Civil Veterinary Dept. Bombay admin report 1914-1922 - 1914-1922
Year: 1914
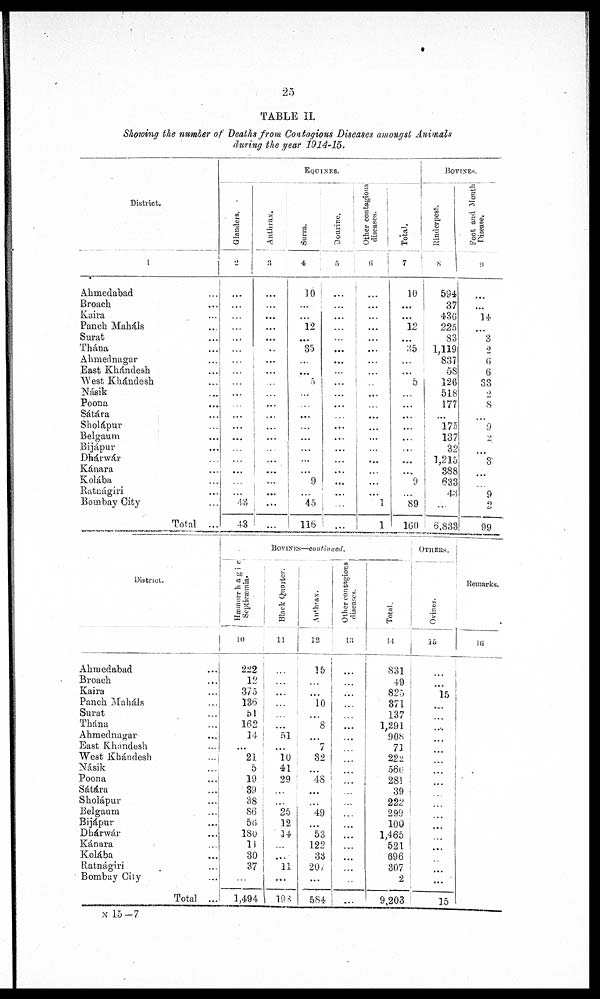
25
TABLE II.
Showing the number of Deaths from Contagious Diseases amongst Animals
during the year 1914-15.
District.
1
Ahmedabad ...
Broach ...
Kaira ...
Panch Maháls ...
Surat ...
Thána ...
Ahmednagar ...
East Khándesh ...
West Khándesh ...
Násik ...
Poona ...
Sátára ...
Sholápur ...
Belgaum ...
Bijápur ...
Dhárwár ...
Kánara ...
Kolába ...
Ratnágiri ...
Bombay City ...
Total ...
EQUNIES.
Glanders.
2
...
...
...
...
...
...
...
...
...
...
...
...
...
...
...
...
...
...
...
43
43
Anthrax.
3
...
...
...
...
...
...
...
...
...
...
...
...
...
...
...
...
...
...
...
...
...
Surra.
4
10
...
...
12
...
35
...
...
5
...
...
...
...
...
...
...
...
9
...
45
116
Dourine.
5
...
...
...
...
...
...
...
...
...
...
...
...
...
...
...
...
...
...
...
...
...
Other contagious
diseases.
6
...
...
...
...
...
...
...
...
...
...
...
...
...
...
...
...
...
...
...
1
1
Total.
7
10
...
...
12
...
35
...
...
5
...
...
...
...
...
...
...
...
9
...
89
160
BOVINES.
Rinderpest.
8
594
37
436
225
33
1,119
837
58
126
518
177
...
175
137
32
1,215
388
633
43
..
6,838
Foot and Month
Disease.
9
...
...
14
...
3
2
6
6
33
2
8
...
9
...
...
3
...
...
9
....
99
District.
Ahmedabad ...
Broach
Kaira ...
Panch Maháls ...
Surat ...
Thána ...
Ahmednagar ...
East Khandesh ...
West Khándesh ...
Násik ...
Poona ...
Sátára ...
Sholápur ...
Belgaum ...
Bijápur ...
Dhárwár
Kánara ...
Kolába ...
Ratnágiri ...
Bombay Oily
Total ...
BOVINES—continued.
Hæmorrhagic
Septicæmia
10
222
12
375
136
51
162
14
...
21
5
19
39
38
86
56
180
11
30
37
...
1,494
Black Quarter.
11
...
...
...
...
...
...
51
...
10
41
29
...
...
25
12
14
...
...
11
...
198
Anthrax.
12
15
..
...
10
...
8
...
7
32
...
48
...
...
49
...
53
122
33
207
...
584
Other contagions
diseares.
13
....
...
...
...
...
...
...
...
...
...
...
...
....
...
...
...
...
...
...
...
...
Total.
14
831
49
825
371
137
1,291
908
71
222
566
281
39
222
299
100
1,465
521
696
307
2
9,203
OTHERS.
Ovi nes .
15
...
...
15
...
...
...
...
...
...
...
...
...
...
...
...
...
...
...
...
...
15
Remarks.
16
N 15-7